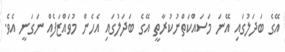
އޭގެ ބަދަލުގައި އޭނަ މަސައްކަތްނުކުރާތީ އޭގެ ބަދަލުގައި އެހެން މުވައްޒަފެއް ނަގަނީ އެވެ.